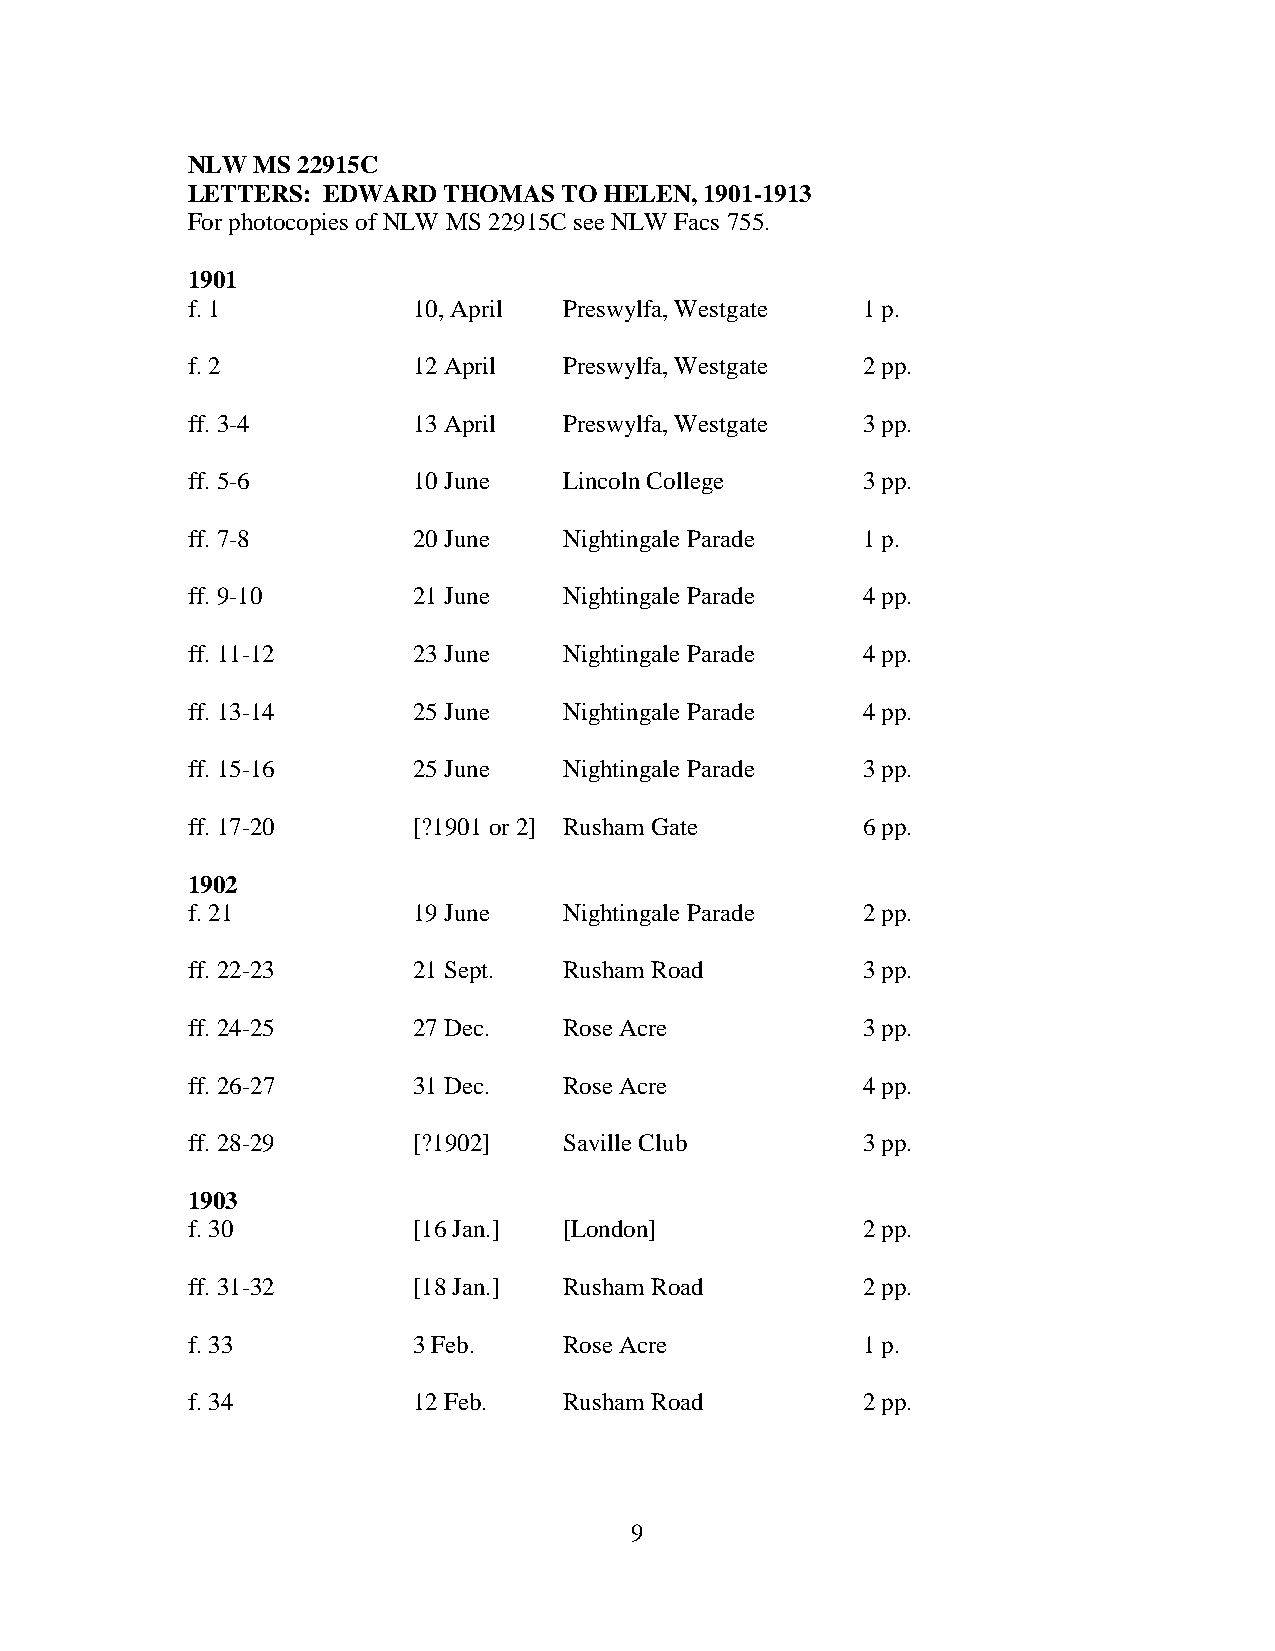
NLW  MS 22915C
 LETTERS: EDWARD  THOMAS  TO HELEN, 1901-1913
 For photocopies of NLW MS 22915C see NLW Facs 755.
 1901
 f. 1           10, April Preswylfa, Westgate 1 p.
 f. 2           12 April  Preswylfa, Westgate 2 pp.
 ff. 3-4        13 April  Preswylfa, Westgate 3 pp.
 ff. 5-6        10 June   Lincoln College     3 pp.
 ff. 7-8        20 June   Nightingale Parade  1 p.
 ff. 9-10       21 June   Nightingale Parade  4 pp.
 ff. 11-12      23 June   Nightingale Parade  4 pp.
 ff. 13-14      25 June   Nightingale Parade  4 pp.
 ff. 15-16      25 June   Nightingale Parade  3 pp.
 ff. 17-20      [?1901 or 2] Rusham Gate      6 pp.
 1902
 f. 21          19 June   Nightingale Parade  2 pp.
 ff. 22-23      21 Sept.  Rusham Road         3 pp.
 ff. 24-25      27 Dec.   Rose Acre           3 pp.
 ff. 26-27      31 Dec.   Rose Acre           4 pp.
 ff. 28-29      [?1902]   Saville Club        3 pp.
 1903
 f. 30          [16 Jan.] [London]            2 pp.
 ff. 31-32      [18 Jan.] Rusham Road         2 pp.
 f. 33          3 Feb.    Rose Acre           1 p.
 f. 34          12 Feb.   Rusham Road         2 pp.
 9